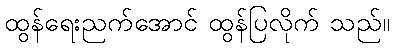
ထွန်ရေးညက်အောင် ထွန်ပြလိုက် သည်။